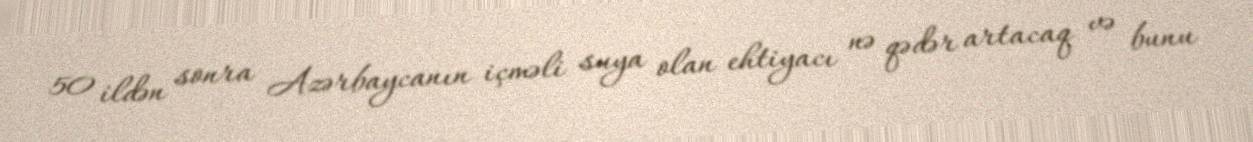
50 ildən sonra Azərbaycanın içməli suya olan ehtiyacı nə qədər artacaq və bunu